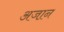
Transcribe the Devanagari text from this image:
अजा़न